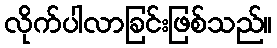
လိုက်ပါလာခြင်းဖြစ်သည်။